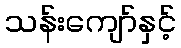
သန်းကျော်နှင့်